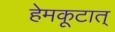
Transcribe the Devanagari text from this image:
हेमकूटात्